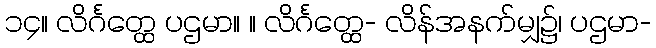
၁၄။ လိင်္ဂတ္ထေ ပဌမာ။ ။ လိင်္ဂတ္ထေ- လိန်အနက်မျှ၌၊ ပဌမာ-